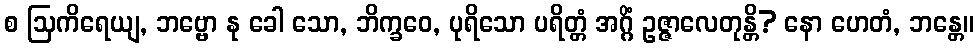
စ ဩကိရေယျ, ဘဗ္ဗော နု ခေါ သော, ဘိက္ခဝေ, ပုရိသော ပရိတ္တံ အဂ္ဂိံ ဥဇ္ဇာလေတုန္တိ? နော ဟေတံ, ဘန္တေ။